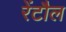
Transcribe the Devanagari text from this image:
रेंटौल